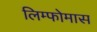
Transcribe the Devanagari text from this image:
लिम्‍फोमास